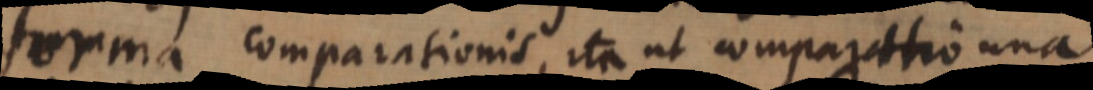
forma comparationis, ita ut comparatio una